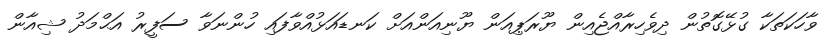
ވާހަކަތަކާ ގުޅޭގޮތުން ދިވެހިރާއްޖެއިން ޔޫރަޕިއަން ޔޫނިއަންއަށް ކަނޑައަޅުއްވާފައި ހުންނަވާ ސަފީރު އަޙްމަދު ޝިއާން